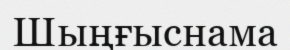
Шыңғыснама